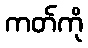
ကတ်ကို